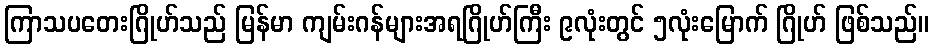
ကြာသပတေးဂြိုဟ်သည် မြန်မာ ကျမ်းဂန်များအရဂြိုဟ်ကြီး ၉လုံးတွင် ၅လုံးမြောက် ဂြိုဟ် ဖြစ်သည်။